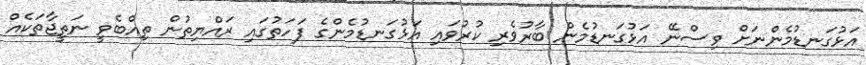
އަޅުގަނޑުމެންނަށް ވިސްނޭ އަޅުގަނޑުމެން ބާރުވެރި ކުރުވައި އަޅުގަނޑުމެންގެ ފަހަތުގައި ރައްޔިތުން ތިއްބެވީ ނަތީޖާތަކެއް